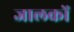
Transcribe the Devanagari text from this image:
जालकों